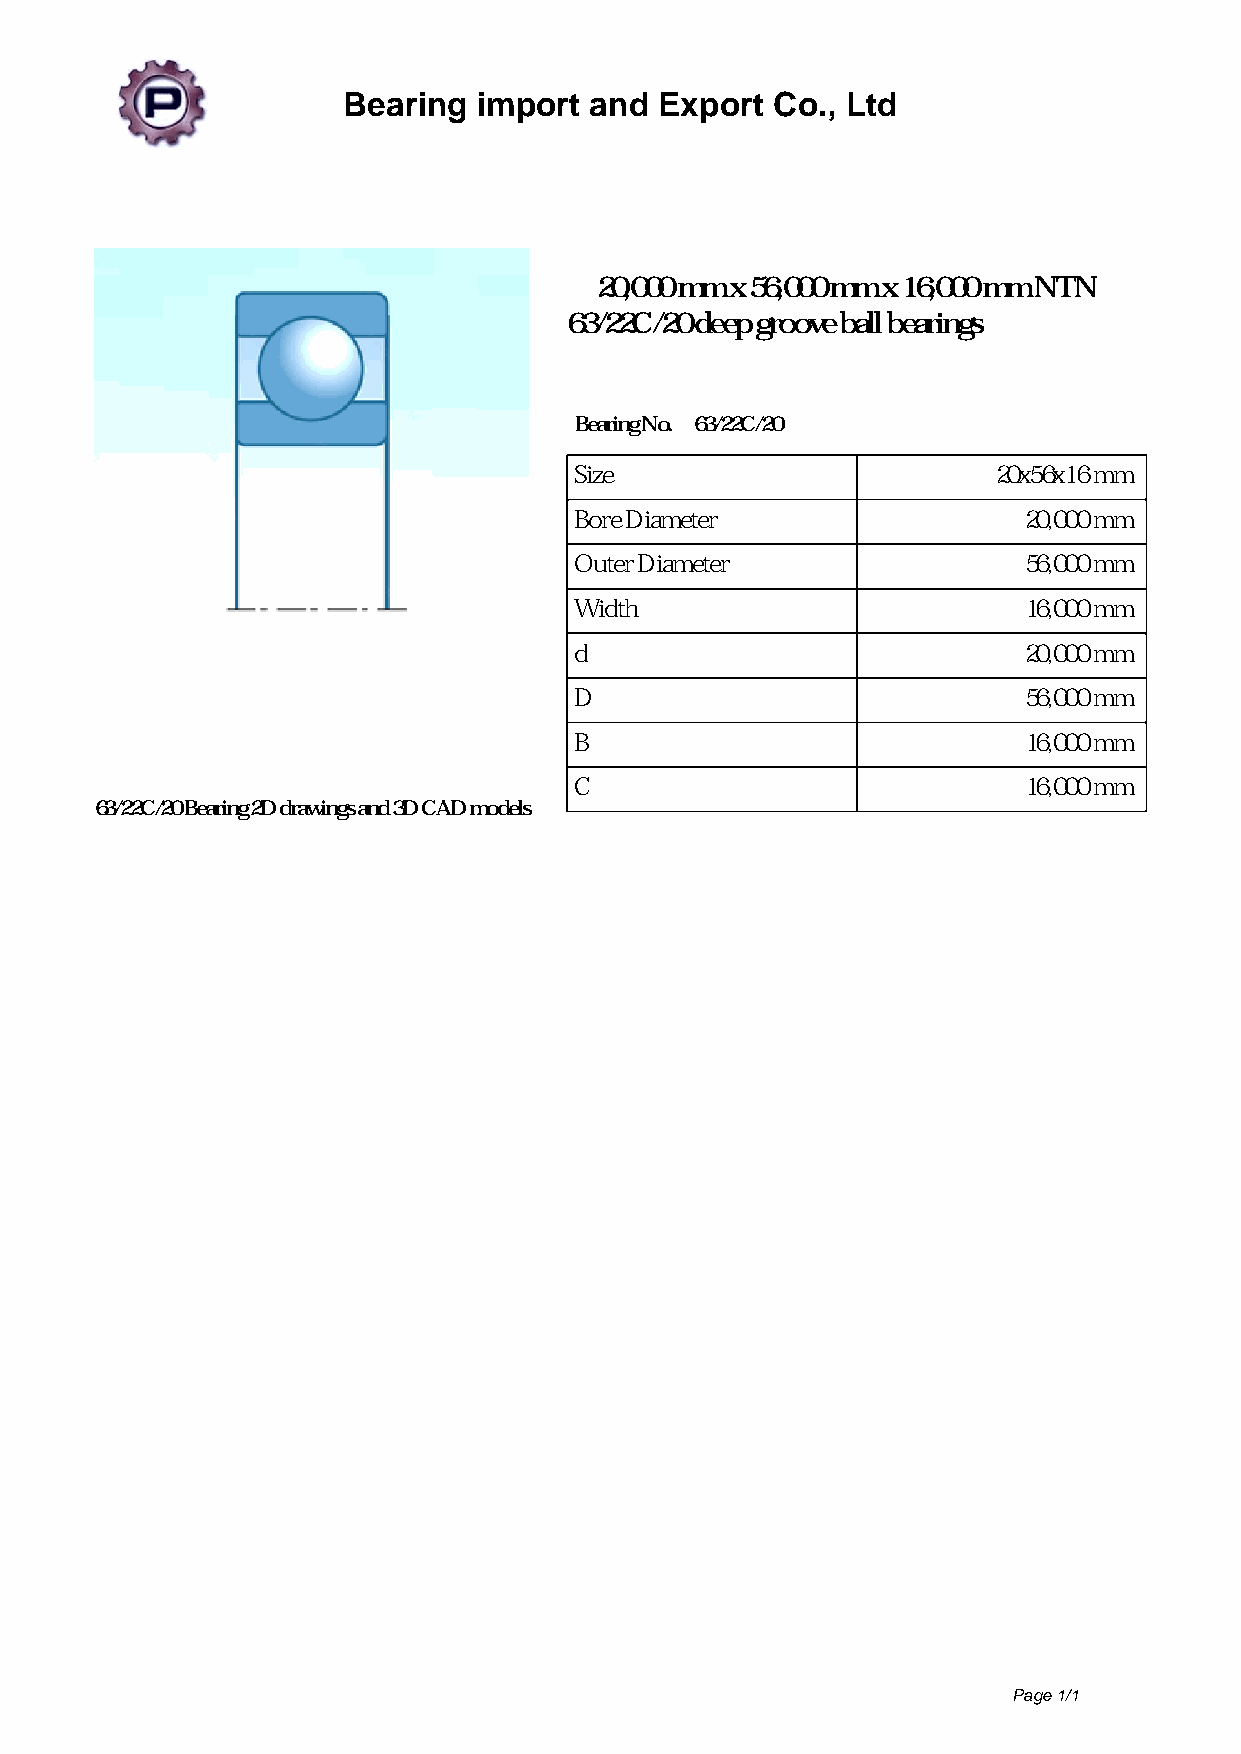
Bearing  import and  Export Co., Ltd
 20,000 mm x 56,000 mm x 16,000 mm NTN
 63/22C/20 deep groove ball bearings
 Bearing No. 63/22C/20
 Size                        20x56x16 mm
 Bore Diameter                 20,000 mm
 Outer Diameter                56,000 mm
 Width                         16,000 mm
 d                             20,000 mm
 D                             56,000 mm
 B                             16,000 mm
 C                             16,000 mm
 63/22C/20 Bearing 2D drawings and 3D CAD models
 Page 1/1
 Powered by TCPDF (www.tcpdf.org)